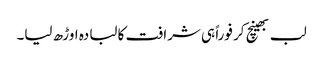
لب بھینچ کر فوراً ہی شرافت کا لبادہ اوڑھ لیا۔